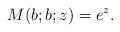
LaTeX: \begin{align*}M (b; b; z) = e^{z}.\end{align*}